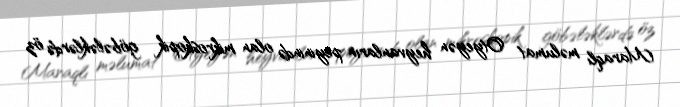
Maraqlı məlumat Otyeyən heyvanların peyinində olan mikroskopik göbələklərdə öz